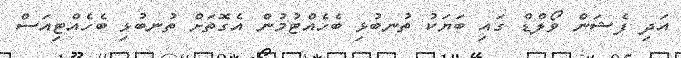
އަދި ފެޝަން ވޯލްޑް ގައި ބަޔަކު ތުނބުޅި ބެހެއްޓުމުން އެގޮތަށް ތުނބުޅި ބެހެއްޓިއަސް